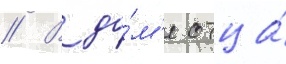
// В до́м'е отца́